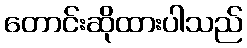
တောင်းဆိုထားပါသည်